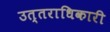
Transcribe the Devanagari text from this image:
उत्‍तराधिकारी